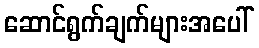
ဆောင်ရွက်ချက်များအပေါ်